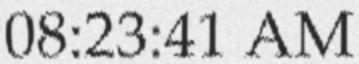
08:23:41 AM